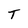
Character: T